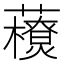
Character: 𧃬